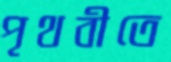
পৃথবীতে